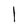
Character: I